Indian journal of veterinary science and animal husbandry - Volumes 26-27, 1956-1957
Year: 1956
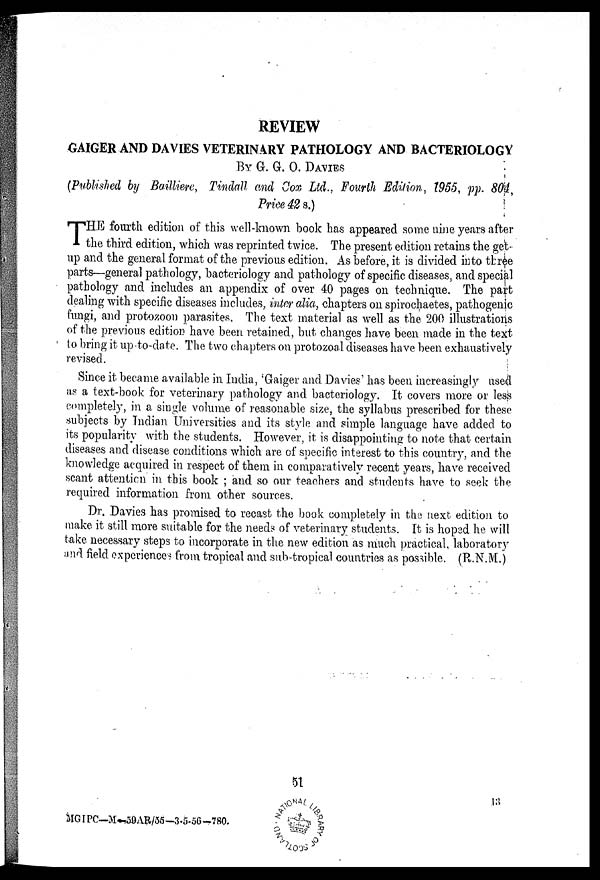
REVIEW
GAIGER AND DAVIES VETERINARY PATHOLOGY AND BACTERIOLOGY
BY G. G. O. DAVIES (Published by Bailliere, Tindall and Cox
Price 42 s.)
T HE fourth edition of this well-known book has appeared some nine years after
the third edition, which was reprinted twice. The present edition retains the get-
up and the general format of the previous edition. As before, it is divided into three
parts—general pathology, bacteriology and. pathology of specific diseases, and special
pathology and includes an appendix of over 40 pages on technique. The part
dealing with specific diseases includes, inter alia, chapters on spirochaetes, pathogenic
fungi, and protozoon parasites. The text material as well as the 200 illustrations
of the previous edition have been retained, but changes have been made in the text
to bring it up-to-date. The two chapters on protozoal diseases have been exhaustively
revised.
Since it became available in India, 'Gaiger and. Davies' has been increasingly used
as a text-book for veterinary pathology and bacteriology. It covers more or less
completely, in a single volume of reasonable size, the syllabus prescribed for these
subjects by Indian Universities and its style and simple language have added to
its popularity with the students. However, it is disappointing to note that certain
diseases and disease conditions which are of specific interest to this country, and the
knowledge acquired in respect of them in comparatively recent years, have received
scant attention in this book ; and so our teachers and students have to seek the
required information from other sources.
Dr. Davies has promised to recast the book completely in the next edition to
make it still more suitable for the needs of veterinary students. It is hoped he will
take necessary steps to incorporate in the new edition as much practical, laboratory
and field experiences from tropical and sub-tropical countries as possible. (R.N.M.)
51
13
MIGIPC—M-59AR/55-3.5-56-780.